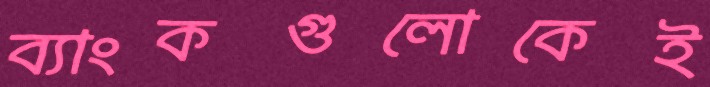
ব্যাংকগুলোকেই